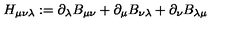
H _ { \mu \nu \lambda } : = \partial _ { \lambda } B _ { \mu \nu } + \partial _ { \mu } B _ { \nu \lambda } + \partial _ { \nu } B _ { \lambda \mu }